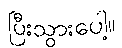
ပြီးသွားပေါ့။